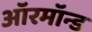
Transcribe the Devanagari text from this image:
ऑरमॉन्ड